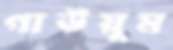
গাউয়ুম